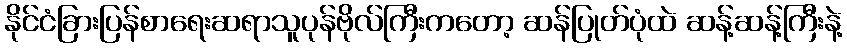
နိုင်ငံခြားပြန်စာရေးဆရာသူပုန်ဗိုလ်ကြီးကတော့ ဆန်ပြုတ်ပုံထဲ ဆန့်ဆန့်ကြီးနဲ့